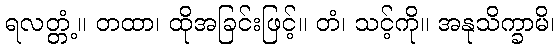
ရလတ္တံ့။ တထာ၊ ထိုအခြင်းဖြင့်။ တံ၊ သင့်ကို။ အနုသိက္ခာမိ၊